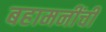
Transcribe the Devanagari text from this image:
बहामनींची